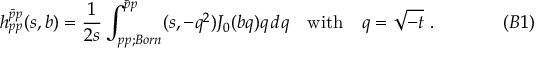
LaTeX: h _ { p p } ^ { \bar { p } p } ( s , b ) = { \frac { 1 } { 2 s } } \int _ { p p ; B o r n } ^ { \bar { p } p } ( s , - q ^ { 2 } ) J _ { 0 } ( b q ) q \, d q \quad \mathrm { w i t h } \quad q = \sqrt { - t } \ . \eqno ( B 1 )